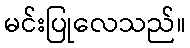
မင်းပြုလေသည်။